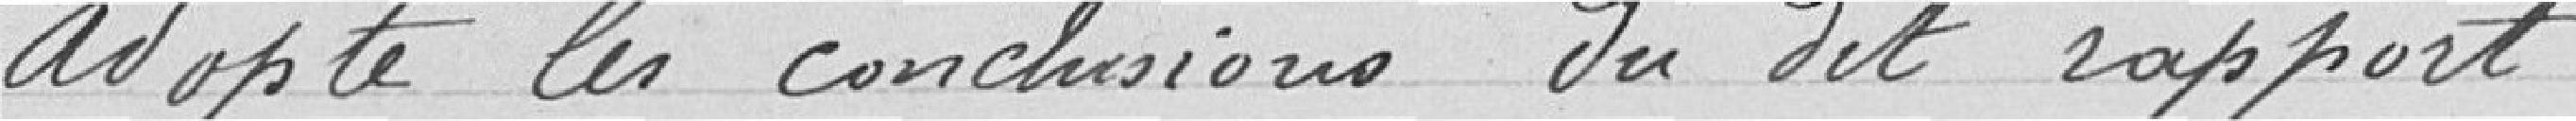
Adopte les conclusions du dit rapport.